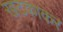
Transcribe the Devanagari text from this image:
खटकाकर